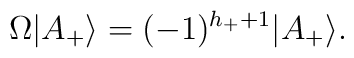
\Omega |A_+\rangle=(-1)^{h_++1}|A_+\rangle.